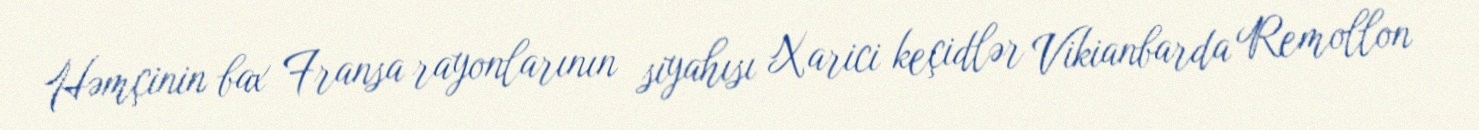
Həmçinin bax Fransa rayonlarının siyahısı Xarici keçidlər Vikianbarda Remollon